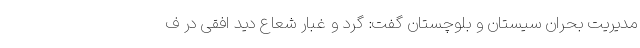
مدیریت بحران سیستان و بلوچستان گفت: گرد و غبار شعاع دید افقی در ف